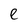
Character: e